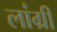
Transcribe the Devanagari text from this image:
लांग्री